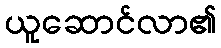
ယူဆောင်လာ၏